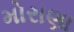
મોરાણા